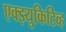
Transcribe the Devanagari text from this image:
एक्झ्युकिटिव्ह